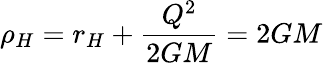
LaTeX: \rho_{H}=r_{H}+\frac{Q^{2}}{2GM}=2GM